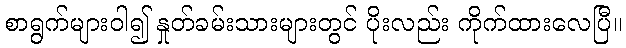
စာရွက်များဝါ၍ နှုတ်ခမ်းသားများတွင် ပိုးလည်း ကိုက်ထားလေပြီ။